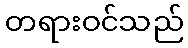
တရားဝင်သည်